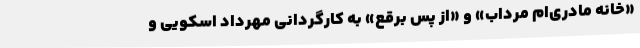
«خانه مادری‌ام مرداب» و «از پس برقع» به کارگردانی مهرداد اسکویی و